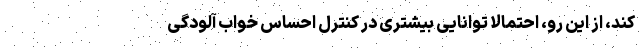
کند، از این رو، احتمالا توانایی بیشتری در کنترل احساس خواب آلودگی